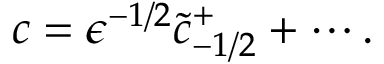
c = \epsilon ^ { - 1 / 2 } \tilde { c } _ { - 1 / 2 } ^ { + } + \cdots .